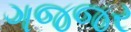
ગજજર